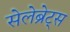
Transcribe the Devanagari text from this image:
सेलेब्रेट्स